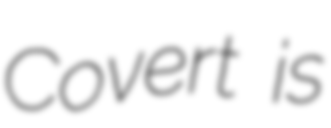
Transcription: Covert is